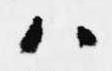
ハ